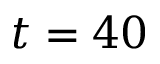
t = 4 0